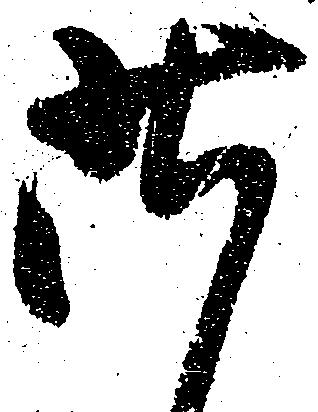
昨